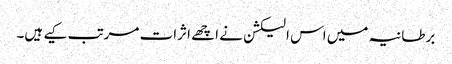
برطانیہ میں اس الیکشن نے اچھے اثرات مرتب کیے ہیں۔